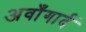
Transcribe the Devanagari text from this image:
अवाँगार्द